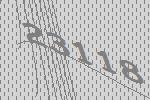
23118